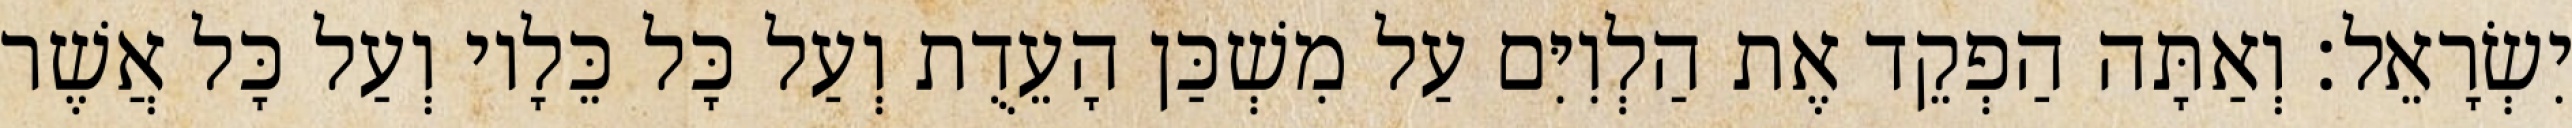
יִשְׂרָאֵל׃ וְאַתָּה הַפְקֵד אֶת הַלְוִיִּם עַל מִשְׁכַּן הָעֵדֻת וְעַל כָּל כֵּלָיו וְעַל כָּל אֲשֶׁר